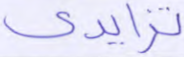
تزايدي